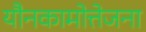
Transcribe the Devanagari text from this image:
यौनकामोत्तेजना